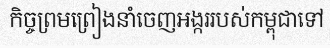
កិច្ចព្រមព្រៀងនាំចេញអង្កររបស់កម្ពុជាទៅ